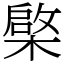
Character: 𣘼